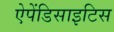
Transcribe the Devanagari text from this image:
ऐपेंडिसाइटिस